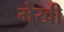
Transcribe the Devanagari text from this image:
मेखी